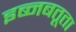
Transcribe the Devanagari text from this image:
इब्‍नबतूता